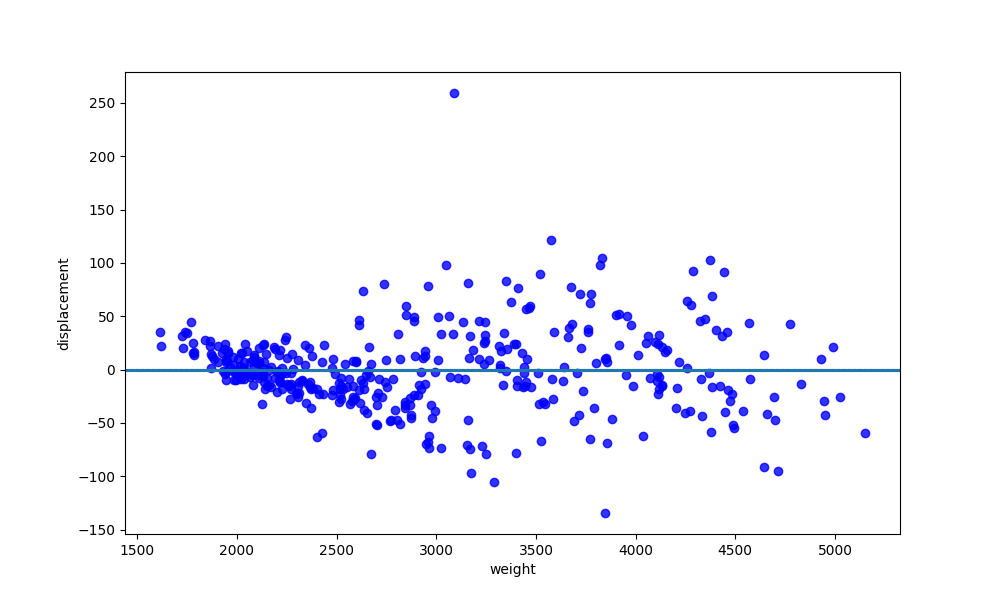
python, seaborn, residplot, lowess=True, scatter_color=blue